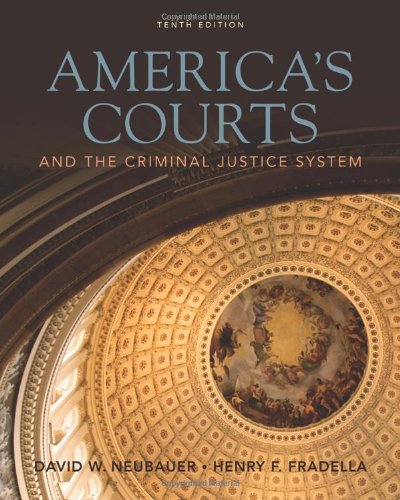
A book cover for America's Courts and the Criminal Justice System; David W. Neubauer; Law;